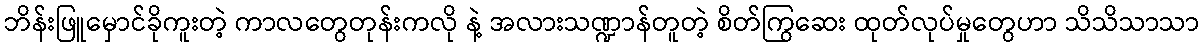
ဘိန်းဖြူမှောင်ခိုကူးတဲ့ ကာလတွေတုန်းကလို နဲ့ အလားသဏ္ဍာန်တူတဲ့ စိတ်ကြွဆေး ထုတ်လုပ်မှုတွေဟာ သိသိသာသာ